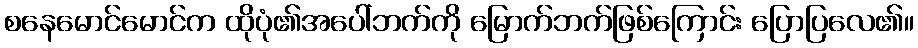
စနေမောင်မောင်က ထိုပုံ၏အပေါ်ဘက်ကို မြောက်ဘက်ဖြစ်ကြောင်း ပြောပြလေ၏။